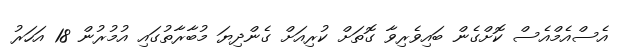
އެސްއެމްއެސް ކޮށްގެން ބައިވެރިވާ ގޮތަށް ކުރިއަށް ގެންދިޔަ މުބާރާތުގައި އުމުރުން 18 އަހަރު